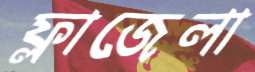
ফ্লাজেলা